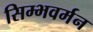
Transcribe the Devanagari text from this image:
सिम्भवर्मन